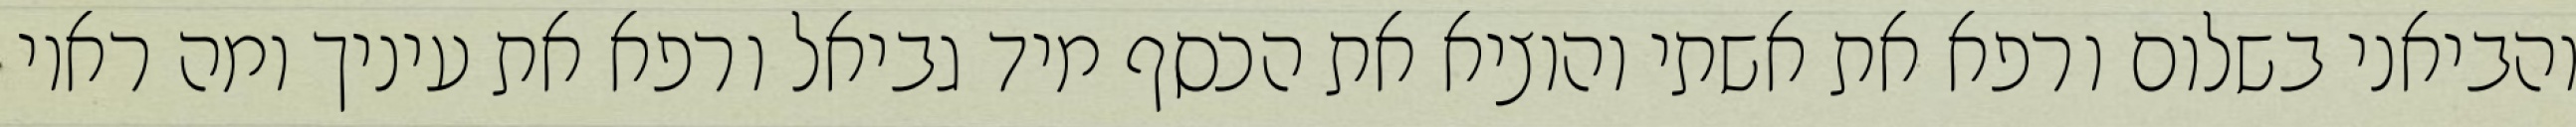
והביאני בשלום ורפא את אשתי והוציא את הכסף מיד גביאל ורפא את עיניך ומה ראוי